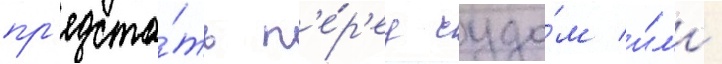
пр'едста́ть п'е́р'ед судо́м и́л'и